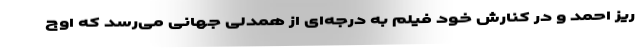
ریز احمد و در کنارش خود فیلم به درجه‌ای از همدلی جهانی می‌رسد که اوج